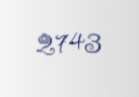
2743